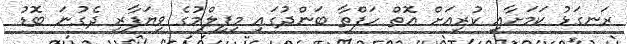
ރަނގަޅު ކަމަށާއި ކުރިއަށް އޮތް ހަފްތާ ބަންދުގައި މިފިލްމުގެ ވިޔަފާރި ދެގުނަ ބޮޑު